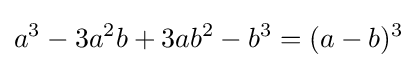
a^{3}-3a^{2}b+3ab^{2}-b^{3}=(a-b)^{3}